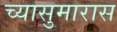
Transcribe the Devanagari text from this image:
च्यासुमारास